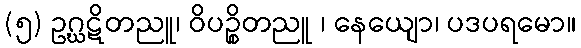
(၅) ဥဂ္ဃဋိတညူ၊ ဝိပဉ္စိတညူ ၊ နေယျော၊ ပဒပရမော။